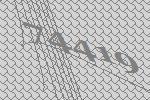
74419